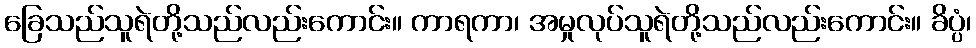
ခြေသည်သူရဲတို့သည်လည်းကောင်း။ ကာရကာ၊ အမှုလုပ်သူရဲတို့သည်လည်းကောင်း။ ခိပ္ပံ၊